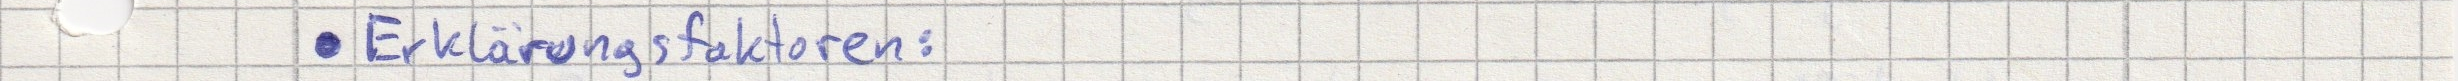
- Erklärungsfaktoren: